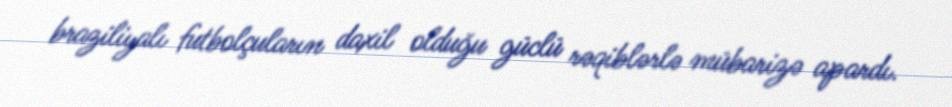
braziliyalı futbolçuların daxil olduğu güclü rəqiblərlə mübarizə apardı.